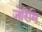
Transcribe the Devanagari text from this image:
जेरिमि